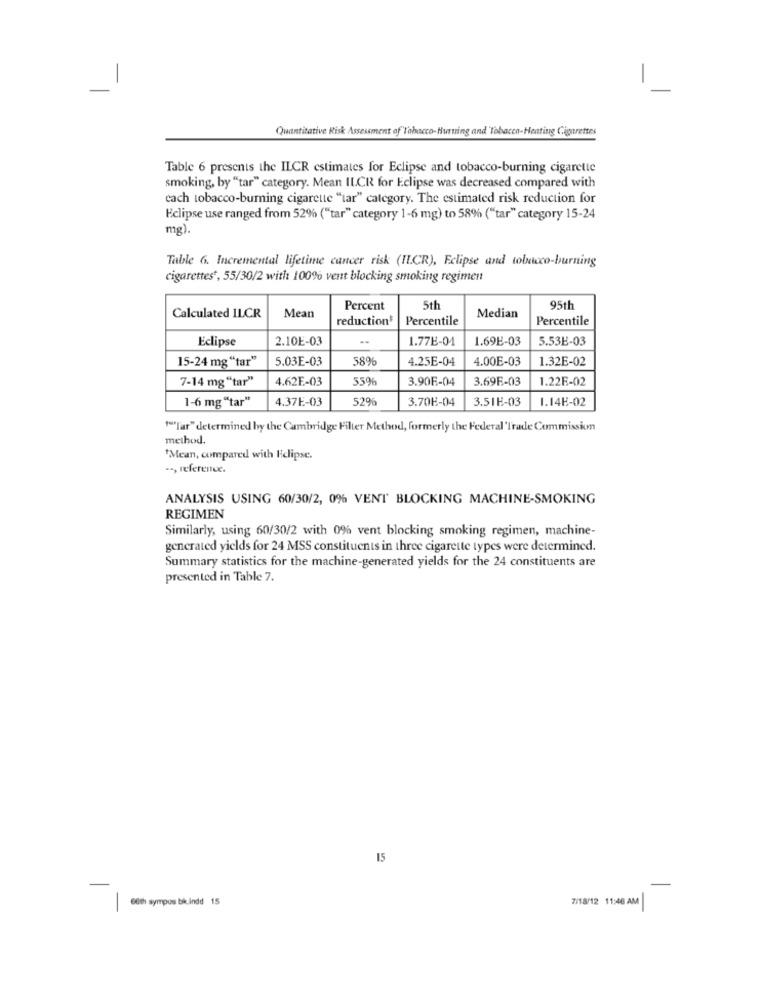
-
Quantitative Risk Assessment of"Tabacco-Hurting and Tobacco-Heating Cigarettes
Table 6 presents the ILCR estimates for Eclipse and tobacco-burning cigarette
smoking, by "tar" category. Mean ILCR for Eclipse was decreased compared with
cach tobacco-burning cigarette "tar" category. The estimated risk reduction for
Eclipse use ranged from 52% ("tar" category 1-6 mg) to 58% ("tar" category 15-24
mg).
Table 6. Incremental lifetime cancer risk (IL.CR), Eclipse and tobacco-burning
cigarettes *, 55/30/2 with 100% vent blocking smoking regimen
Mean
Percent
5th
95th
Calculated ILCR
reduction'
Percentile
Median
Percentile
Eclipse
2.10E-03
1.77E-01
1.69E-03
5.53E-03
15-24 mg "tar"
5.03E-03
589
4.25E-04
4.00E-03
1.32E-02
7-14 mg "tar"
4.62E-03
559
3.90F-04
3.69F-03
1.22E-02
1-6 mg "tar"
4.37E-03
526
3.70H-04
3.51E-03
1.14E-02
"""l'ar" determined by the Cambridge Filter Method, formerly the Federal 'Trade Commissim
method.
Mean, compared with Eclipse.
--, reference.
ANALYSIS USING 60/30/2, 0% VENT BLOCKING MACHINE-SMOKING
REGIMEN
Similarly, using 60/30/2 with 0% vent blocking smoking regimen, machine-
generated yields for 24 MSS constituents in three cigarette types were determined.
Summary statistics for the machine-generated yields for the 24 constituents are
presented in Table 7.
15
7/18/12 11:46 AM
60th sympos bikindd 15